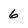
Character: 6